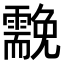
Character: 𩆊